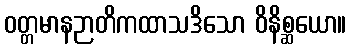
ဝတ္တမာနဉာတိကထာသဒိသော ဝိနိစ္ဆယော။